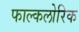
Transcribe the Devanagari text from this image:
फाल्कलोरिक